NAE_ERA_R-1958_ENSV_Heliloojate_Liit, lk 2
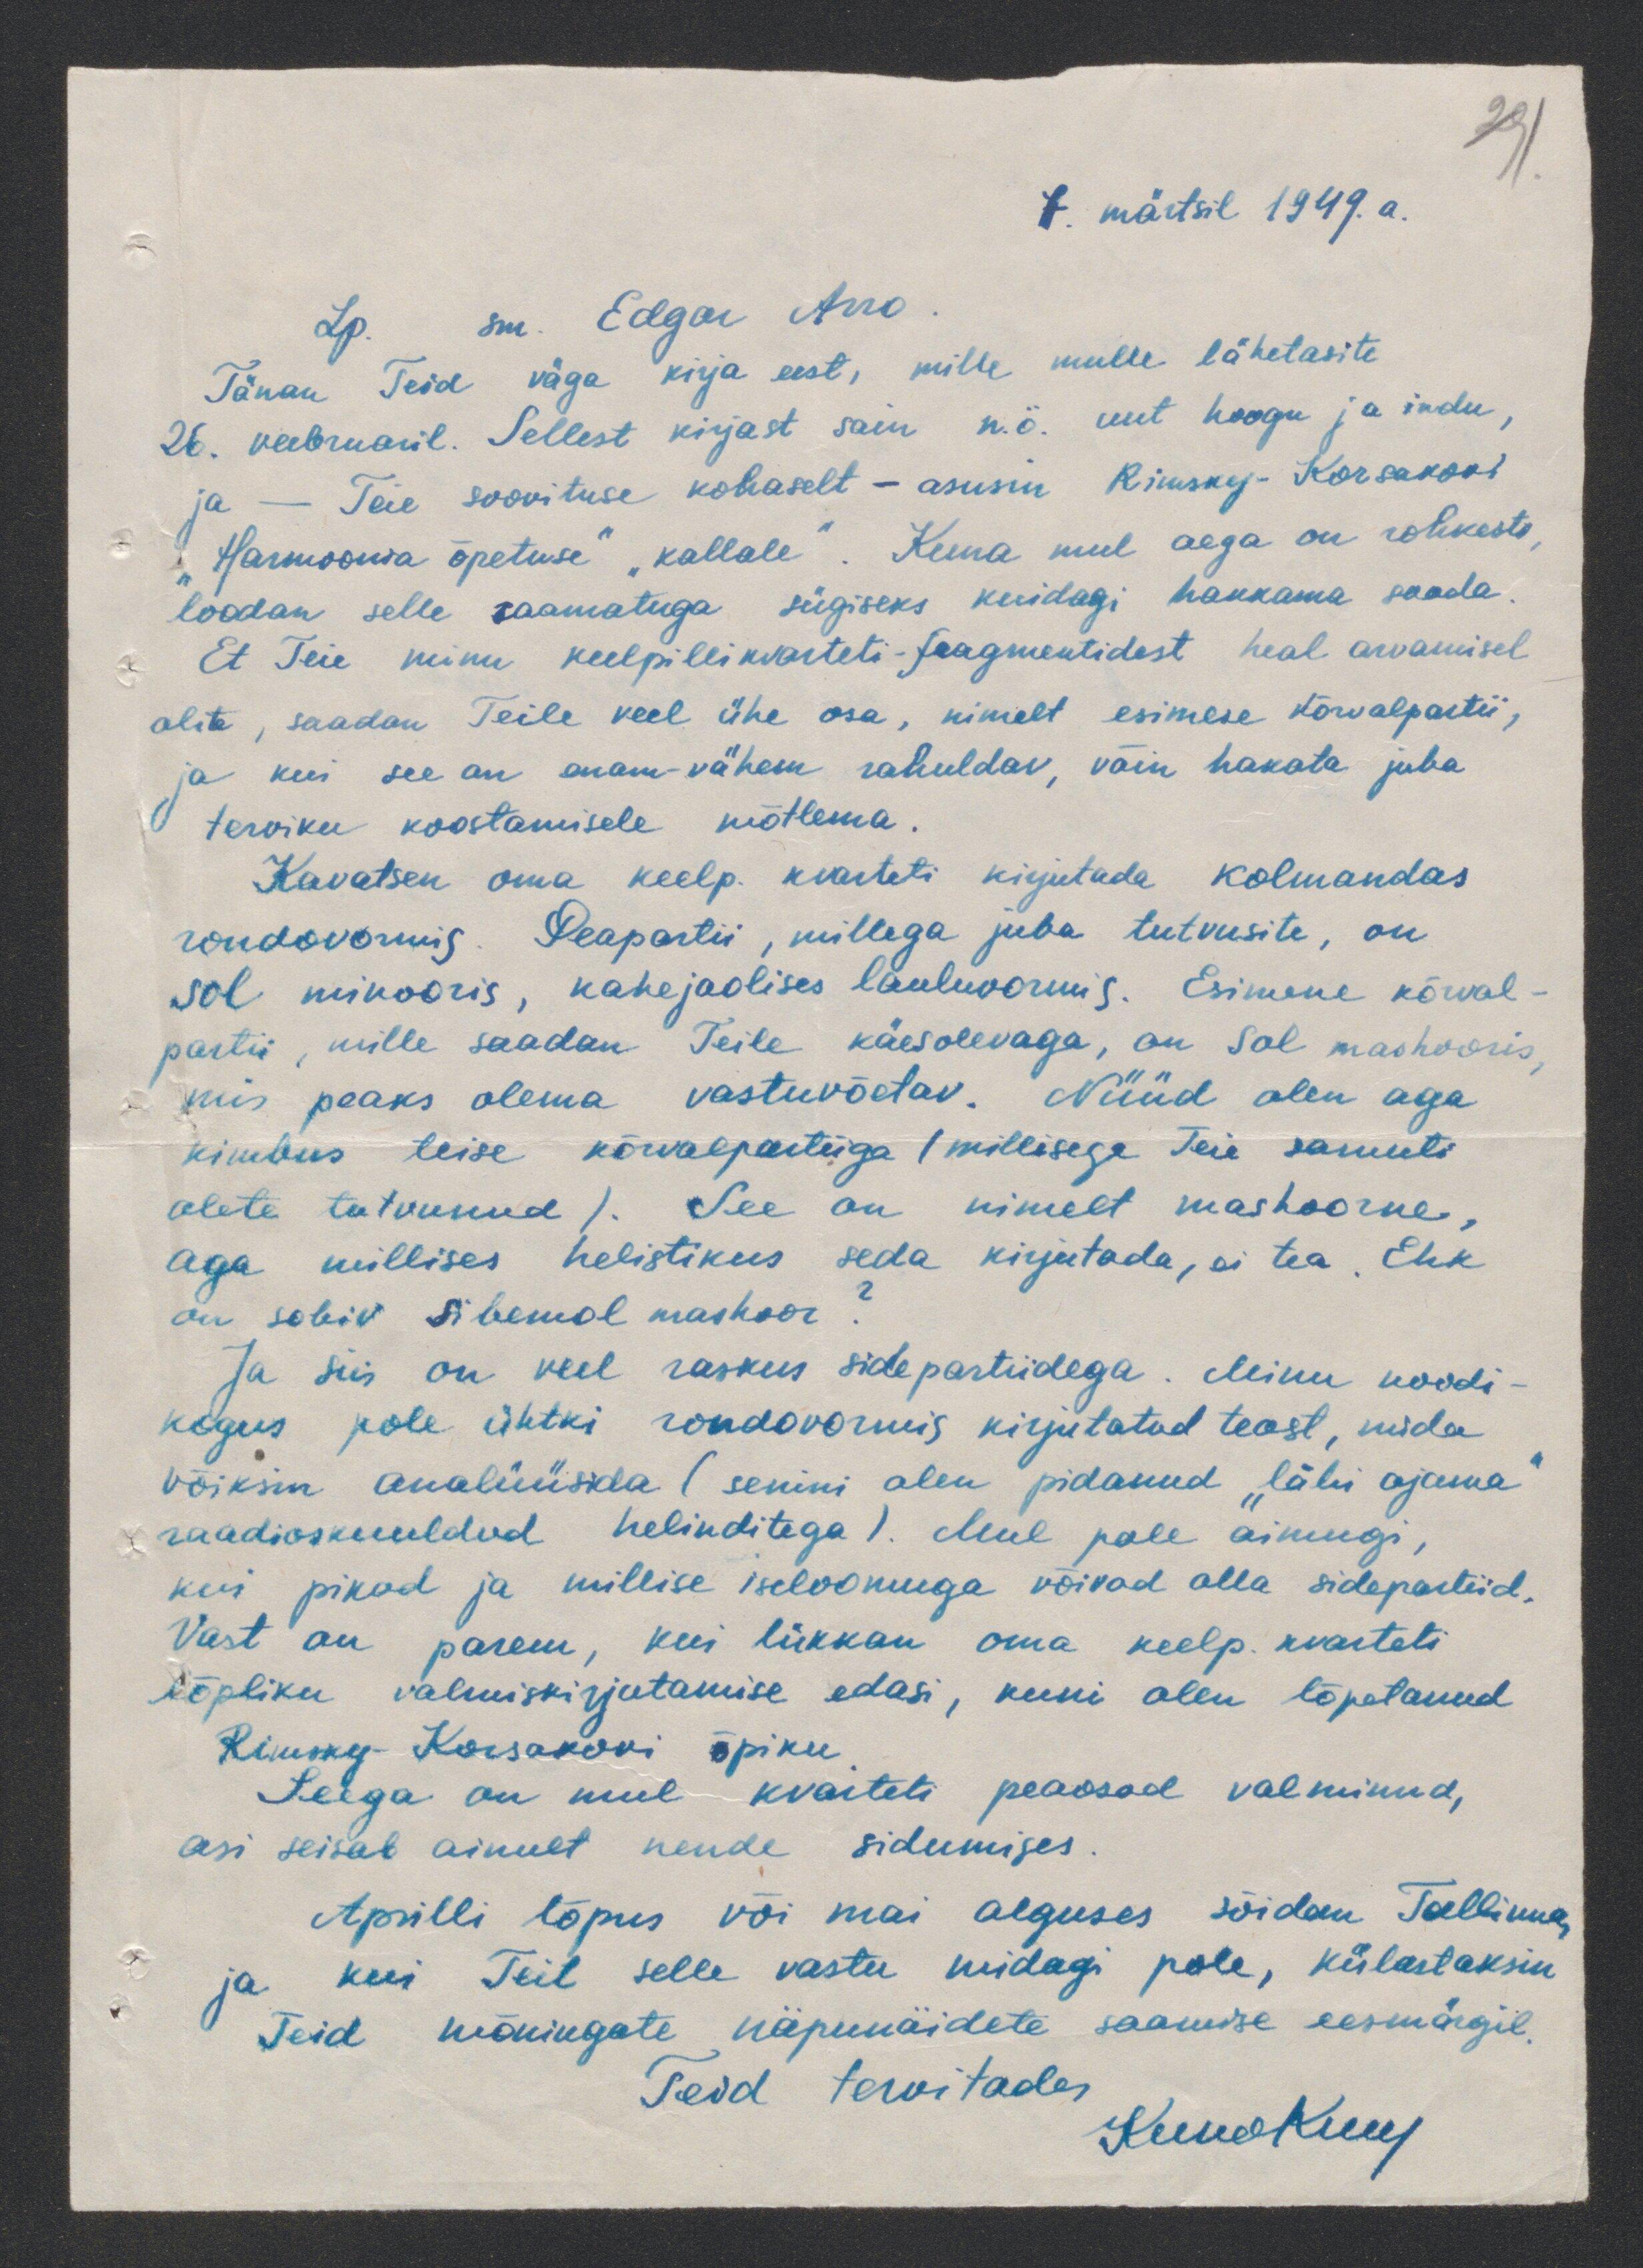
291
7. märtsil 1949. a.
Lp. sm. Edgar Arro.
Tänan Teid väga kirja eest, mille mulle lähetasite
26. veebruaril. Sellest kirjast sain n.ö. uut hoogu ja indu,
ja - Teie soovituse kohaselt - asusin Rimsky-Korsakovi
"Harmoonia õpetuse" "kallale". Kuna mul aega on rohkesti
loodan selle raamatuga sügiseks kuidagi hakkama saada.
Et Teie minu keelpillikvarteti-fragmentidest heal arvamisel
olite, saadan Teile veel ühe osa, nimelt esimese kõrvalpartii,
ja kui see on enam-vähem rahuldav, võin hakata juba
terviku koostamisele mõtlema.
Kavatsen oma keelp. kvarteti kirjutada kolmandas
rondovormis. Peapartii, millega juba tutvusite, on
sol minooris, kahejaolises lauluvormis. Esimene kõrval-
partii, mille saadan Teile käesolevaga, on sol mashooris,
mis peaks olema vastuvõetav. Nüüd olen aga
kimbus teise kõrvalpartiiga (millisega Teie samuti
olete tutvunud). See on nimelt mashoorne.
aga millises helistikus seda kirjutada, ei tea. Ehk
on sobiv si bemol mashoor.
Ja siis on veel raskus side partiidega. Minu noodi-
kogus pole ühtki rondovormis kirjutatud teost, mida
võiksin analüüsida (senini olen pidanud läbi ajama
raadioskuuldud helinditega). Mul pole aimugi,
kui pikad ja millise iseloomuga võivad alla sidepartiid,
Vast on parem, kui lükkan oma keelp. kvarteti
lõpliku valmiskirjutamise edasi, kuni olen lõpetanud
Rimsky-Korsakovi õpiku
Seega on mul kvarteti peaosad valminud,
asi seisab ainult nende sidumises.
Aprilli lõpus või mai alguses sõidan Tallinna,
ja kui Teil selle vastu midagi pole, külastaksin
Teid mõningate näpunäidete saamise eesmärgil.
Teid tervitades
Kuno Areng